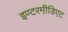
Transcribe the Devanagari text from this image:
इण्टरमी़डिएट